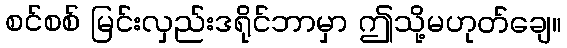
စင်စစ် မြင်းလှည်းဒရိုင်ဘာမှာ ဤသို့မဟုတ်ချေ။